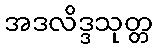
အဒလိဒ္ဒသုတ္တ